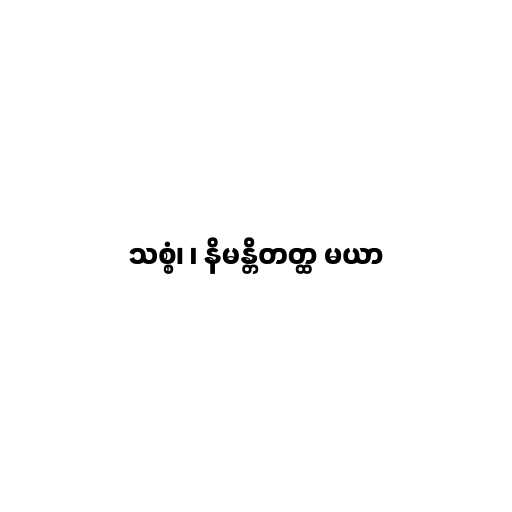
သစ္စံ၊ ၊ နိမန္တိတတ္ထ မယာ